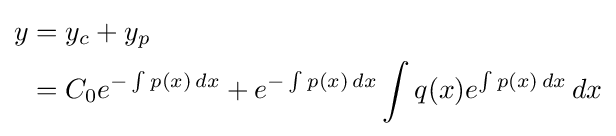
{\begin{aligned}y&=y_{c}+y_{p}\\&=C_{0}e^{-\int p(x)\,dx}+e^{-\int p(x)\,dx}\int q(x)e^{\int p(x)\,dx}\,dx\end{aligned}}